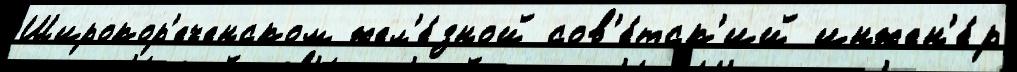
Широкор'еченском жел'е́зной сов'е́тск'ий инжен'е́р